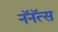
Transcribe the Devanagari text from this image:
नॅनॅत्स